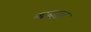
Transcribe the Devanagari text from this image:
ब्यब्हार